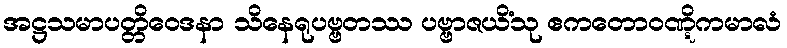
အဋ္ဌသမာပတ္တိဝေဒနာ သိနေရုပဗ္ဗတဿ ပဗ္ဗာဇယိံသု ဧကတောဝဏ္ဋိကမာလံ